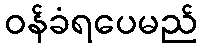
ဝန်ခံရပေမည်